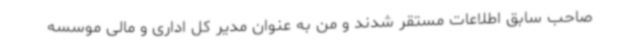
صاحب سابق اطلاعات مستقر شدند و من به عنوان مدیر کل اداری و مالی موسسه